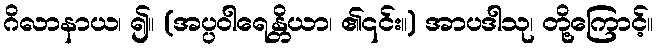
ဂိလာနာယ၊ ၍။ (အပ္ပဝါရေန္တိယာ၊ ၏၎င်း။) အာပဒါသု၊ တို့ကြောင့်။